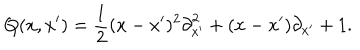
Q ( x , x ^ { \prime } ) = \frac { 1 } { 2 } ( x - x ^ { \prime } ) ^ { 2 } { \partial } _ { x ^ { \prime } } ^ { 2 } + ( x - x ^ { \prime } ) { \partial } _ { x ^ { \prime } } + 1 .